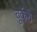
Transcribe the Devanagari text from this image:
वूर्केरी